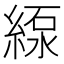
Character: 𦂥